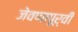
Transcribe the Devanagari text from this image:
जेवणापूर्वी